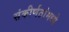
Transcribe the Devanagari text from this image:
संकीर्णतांमध्ये